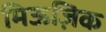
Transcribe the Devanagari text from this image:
मिऊज़िक